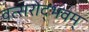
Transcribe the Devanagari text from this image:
वत्सरोद्भवम्